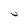
Character: V